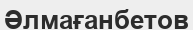
Әлмағанбетов